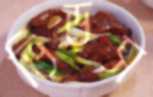
ভিড়স